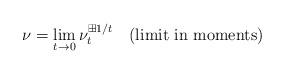
LaTeX: \begin{align*}\nu = \lim_{t \to 0} \nu_t^{\boxplus 1/t}\ \ \mbox{ (limit in moments)}\end{align*}